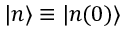
| n \rangle \equiv | n ( 0 ) \rangle